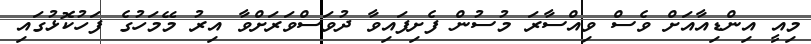
މިއީ އިންޑިއާއަށް ވެސް ވިއްސާރަ މުސުން ފެށިފައިވާ ދުވަސްވަރަށްވާ އިރު މޭމަހުގެ ފަހުކޮޅުގައި